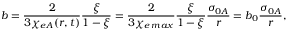
b = \frac { 2 } { 3 \chi _ { e A } ( r , t ) } \frac { \xi } { 1 - \xi } = \frac { 2 } { 3 \chi _ { e \, m a x } } \frac { \xi } { 1 - \xi } \frac { \sigma _ { 0 A } } { r } = b _ { 0 } \frac { \sigma _ { 0 A } } { r } ,